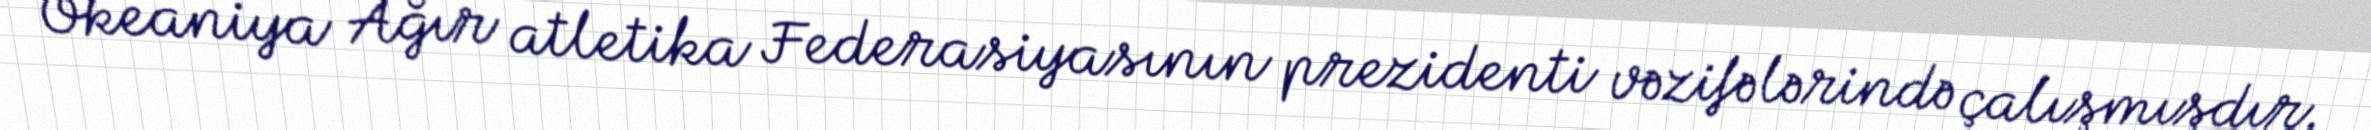
Okeaniya Ağır atletika Federasiyasının prezidenti vəzifələrində çalışmışdır.